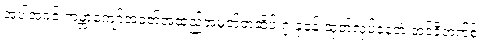
အပါအဝင် ကမ္ဘာကျော်အဝတ်အထည်အမှတ်တံဆိပ် ၇ ခုခန့် ထုတ်လုပ်နေတဲ့ အင်ဒီတက်စ်